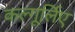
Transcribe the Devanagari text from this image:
कल्गूर्लिए